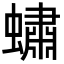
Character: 蟰